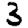
Digit: 3